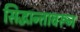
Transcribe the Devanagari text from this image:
सिद्धान्तावरून